Leaving Certificate Examination, 1911
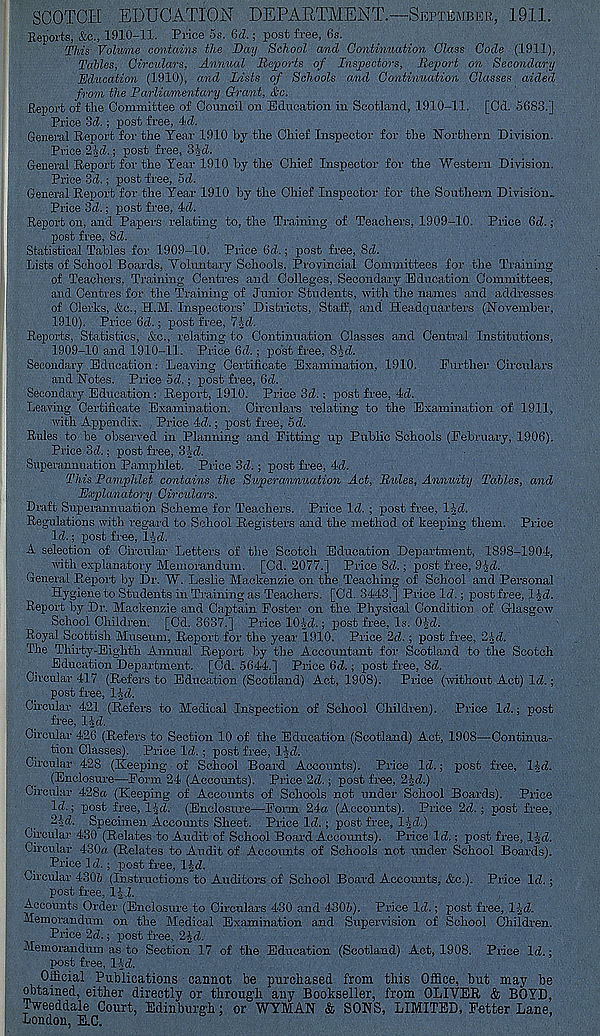
SCOTCH EDUCATION DEPARTMENT.—September, 1911.
Reports, &c., 1910-11. Price 5s. &d.; post free, 6s.
This Volume contains the Day School and Continuation Class Code (1911),
Tables, Circulars, Annual Reports of Inspectors, Report on Secondary
Rdtication (1910), a,nd Lists of Schools and Continuation Classes aided
from the Parliamentary Grant, &c.
Report of the Committee of Council on Education in Scotland, 1910-11. [Cd. 5683.]
Price od.; post free, 4d.
General Report for the Tear 1910 by the Chief Inspector for the Northern Division.
Price 2Jc2.; post free, SJcZ.
General Report for the Tear 1910 by the Chief Inspector for the Western Division.
Price 3d.; post free, 5d.
General Report for the Tear 1910 by the Chief Inspector for the Southern Division^
Price 3d.; post free, 4d.
Report on, and Papers relating to, the Training of Teachers, 1909-10. Price 6d.;
post free, 8d.
Statistical Tables for 1909-10. Price 6d.; post free, Sd.
Lists of School Boards, Voluntary Schools, Provincial Committees for the Training
of Teachers, Training Centres and Colleges, Secondary Education Committees,
and Centres for the Training of Junior Students, ■with the names and addresses
of Clerks, &c., H.M. Inspectors’ Districts, Staff, and Headquarters (November,
1910). Price 6d.; pjost free,
Reports, Statistics, &c., relating to Continuation Classes and Central Institutions,
1909-10 and 1910-11. Price 6d.; post free, 8id.
Secondary Education: Leaving Certificate Examination, 1910. Further Circulars
and Notes. Price 5d.; post free, 6d.
Secondary Education: Report, 1910. Price 3d.: post free, 4d.
Leaving Certificate Examination. Circulars relating to the Examination of 1911,
with Appendix. Price 4d.; post free, 5d.
Rules to be observed in Planning and Fitting up Public Schools (February, 1906).
Price 3d.; post free, SJd.
Superannuation Pamphlet. Price 3d.; post free, 4d.
This Pamphlet contains the Superannuation Act, Rules, Annuity Tables, and
Explanatory Circulars.
Draft Superannuation Scheme for Teachers. Price Id. ; post free, IJd.
Regulations with regard to School Registers and the method of keeping them. Price
Id.; post free, l|d.
A selection of Circular Letters of the Scotch Education Department, 1898-1904,
with explanatory Memorandum. [Cd. 2077.] Price 8d.; post free, 9|d.
General Report by Dr. W. Leslie Mackenzie on the Teaching of School and Personal
Hygiene to Students in Training as Teachers. [Cd. 3443.] Price Id.; post free, l|d.
Report by Dr. Mackenzie and Captain Foster on the. Physical Condition of Glasgow
School Children. [Cd. 3637.] Price 10|d.; post free, Is. O'd.
Royal Scottish Museum, Report for the year 1910. Price 2d. ; post free, 24d.
The Thirty-Eighth Annual Report by the Accountant for Scotland to the Scotch
Education Department. [Cd. 5644.] Price 6d.; post free, 8d.
Circular 417 (Refers to Education (Scotland) Act, 1908). Price (without Act) Id.;
post free, lid.
Circular 421 (Refers to Medical Inspection of School Children). . Price Id.; post
free, IJd.
Circular 426 (Refers to Section 10 of the Education (Scotland) Act, 1908—Continua-
tion Classes). Price Id.; post free, lid.
Circular 428 (Keeping of School Board Accounts). Price Id.; post free, lid.
(Enclosure—Form 24 (Accounts). Price 2d.; post free, 2id.)
Circular 428a (Keeping of Accounts of Schools not under School Boards). Price
Id.; post free, lid. (Enclosure—Form 24a (Accounts). Price 2d.; post free,
2id. Specimen Accounts Sheet. Price Id.; post free, lid.)
Circular 480 (Relates to Audit of School Board Accounts). Price Id.; post free, lid.
Circular 430a (Relates to Audit of Accounts of Schools not under School Boards).
Price 1 d.; post free, lid.
Circular 4306 (Instructions to Auditors of School Board Accounts, &c.). Price Id.;
post free, lid.
Accounts Order (Enclosure to Circulars 430 and 4306). Price Id.; post free, lid.
Memorandum on the Medical Examination and Supervision of School Children.
Price 2d.; post free, 2|d.
Memorandum as to Section 17 of the Education (Scotland) Act, 1908. Price Id.;
post free, lid.
Oiiicial Publications cannot be purchased from this Office, but may be
obtained, either directly or through any Bookseller, from OLIVER & BOYD,
Tweeddale Court, Edinburgh; or WYMAN & SONS, LIMITED, Fetter Lane,
London, E.C.